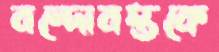
বন্দোবস্তকে